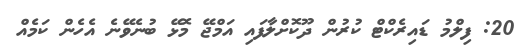
20: ފިލްމު ޑައިރެކްޓް ކުރުން ދޫކޮށްލާފައި އަމްޖޭ މޮޅޭ ބުނެވޭނެ އެހެން ކަމެއް